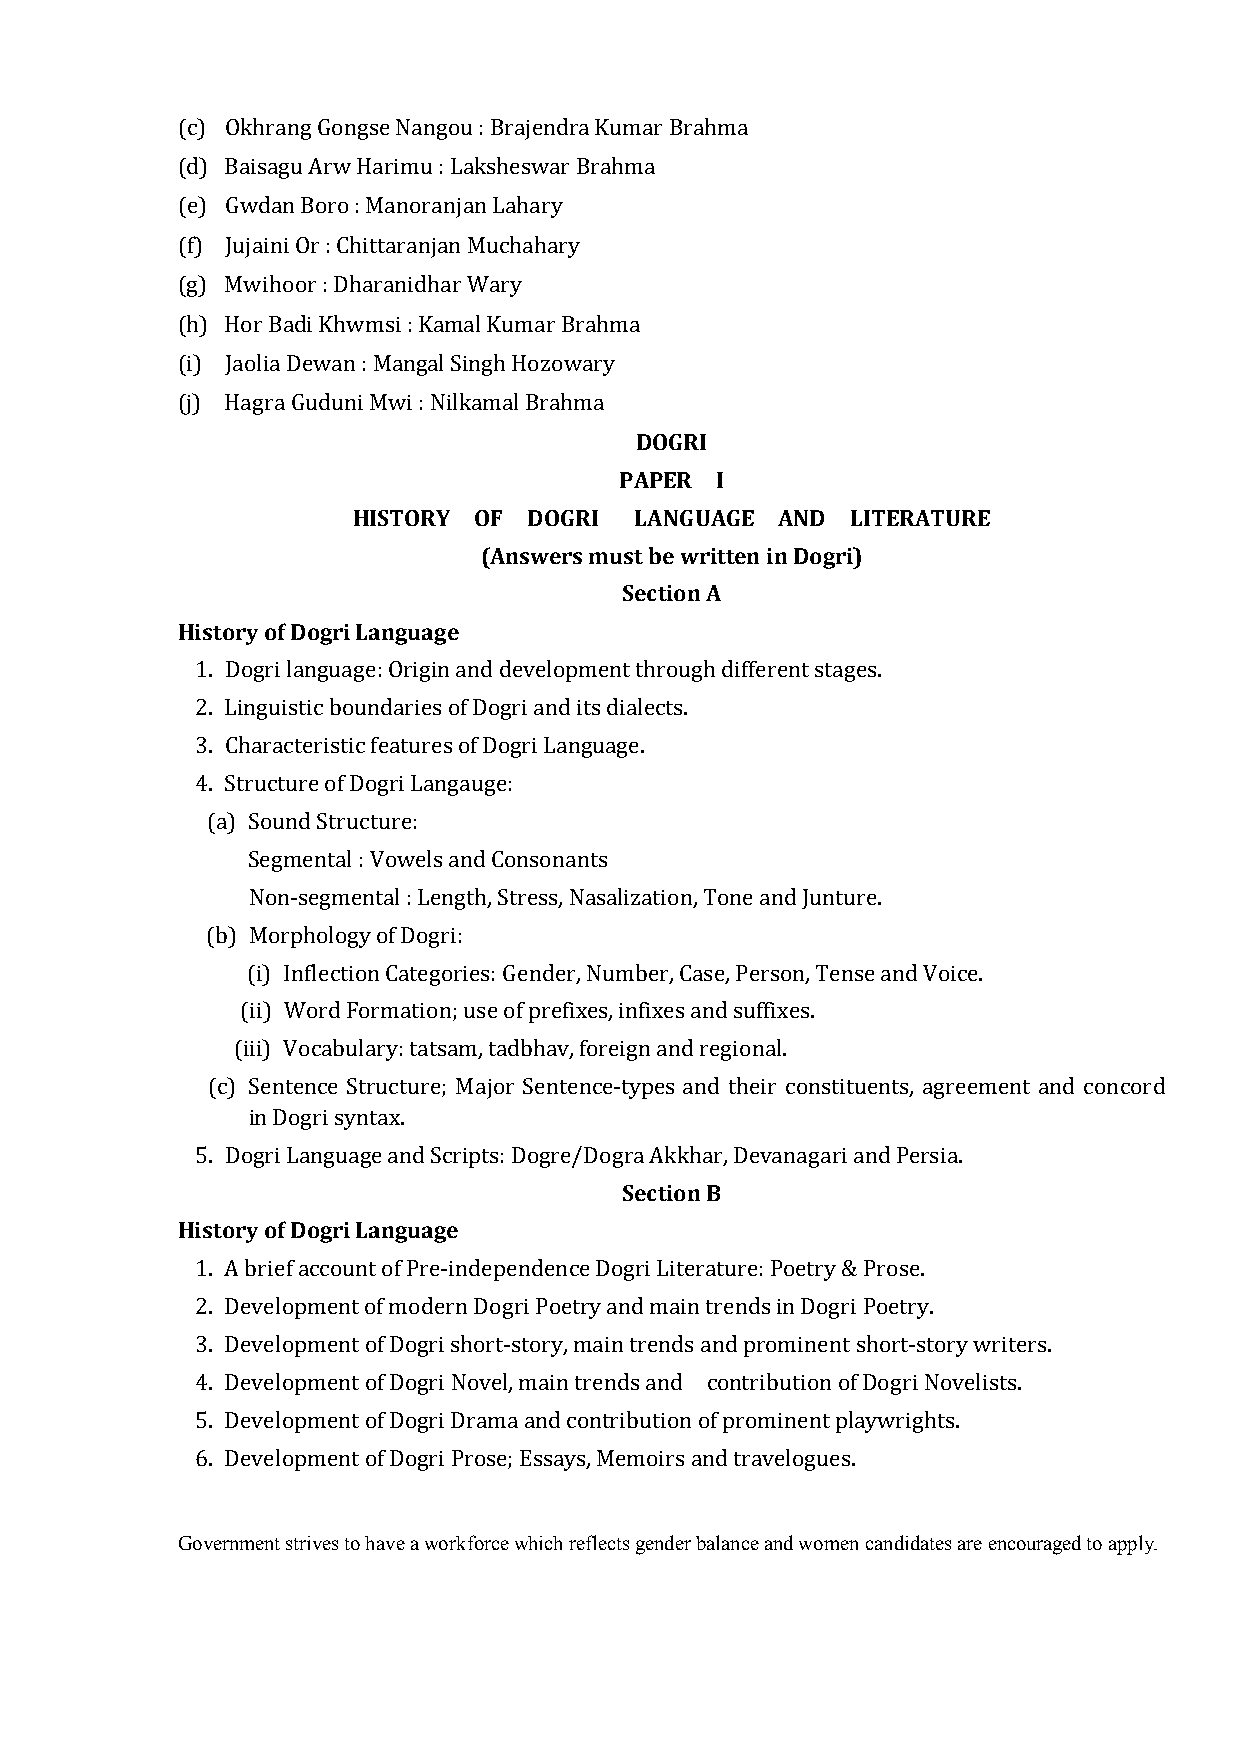
(c) Okhrang Gongse Nangou : Brajendra Kumar Brahma
 (d) Baisagu Arw Harimu : Laksheswar Brahma
 (e) Gwdan Boro : Manoranjan Lahary
 (f) Jujaini Or : Chittaranjan Muchahary
 (g) Mwihoor : Dharanidhar Wary
 (h) Hor Badi Khwmsi : Kamal Kumar Brahma
 (i) Jaolia Dewan : Mangal Singh Hozowary
 DOGRI
 (j) Hagra Guduni Mwi : Nilkamal Brahma
 PAPER I
 HISTORY OF  DOGRI  LANGUAGE AND  LITERATURE
 (Answers must be written in Dogri)
 Section A
 History of Dogri Language
 1. Dogri language: Origin and development through different stages.
 2. Linguistic boundaries of Dogri and its dialects.
 3. Characteristic features of Dogri Language.
 4. Structure of Dogri Langauge:
 (a) Sound Structure:
 Segmental : Vowels and Consonants
 Non-segmental : Length, Stress, Nasalization, Tone and Junture.
 (b) Morphology of Dogri:
 (i) Inflection Categories: Gender, Number, Case, Person, Tense and Voice.
 (ii) Word Formation; use of prefixes, infixes and suffixes.
 (iii) Vocabulary: tatsam, tadbhav, foreign and regional.
 (c) Sentence Structure; Major Sentence-types and their constituents, agreement and concord
 in Dogri syntax.
 Section B
 5. Dogri Language and Scripts: Dogre/Dogra Akkhar, Devanagari and Persia.
 History of Dogri Language
 1. A brief account of Pre-independence Dogri Literature: Poetry & Prose.
 2. Development of modern Dogri Poetry and main trends in Dogri Poetry.
 3. Development of Dogri short-story, main trends and prominent short-story writers.
 4. Development of Dogri Novel, main trends and contribution of Dogri Novelists.
 5. Development of Dogri Drama and contribution of prominent playwrights.
 6. Development of Dogri Prose; Essays, Memoirs and travelogues.
 Government strives to have a workforce which reflects gender balance and women candidates are encouraged to apply.